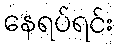
နေရပ်ရင်း